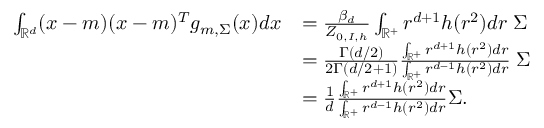
\begin{array} { r l } { \int _ { \mathbb { R } ^ { d } } ( x - m ) ( x - m ) ^ { T } g _ { m , \Sigma } ( x ) d x } & { = \frac { \beta _ { d } } { Z _ { 0 , I , h } } \int _ { \mathbb { R } ^ { + } } r ^ { d + 1 } h ( r ^ { 2 } ) d r \; \Sigma } \\ & { = \frac { \Gamma ( d / 2 ) } { 2 \Gamma ( d / 2 + 1 ) } \frac { \int _ { \mathbb { R } ^ { + } } r ^ { d + 1 } h ( r ^ { 2 } ) d r } { \int _ { \mathbb { R } ^ { + } } r ^ { d - 1 } h ( r ^ { 2 } ) d r } \; \Sigma } \\ & { = \frac { 1 } { d } \frac { \int _ { \mathbb { R } ^ { + } } r ^ { d + 1 } h ( r ^ { 2 } ) d r } { \int _ { \mathbb { R } ^ { + } } r ^ { d - 1 } h ( r ^ { 2 } ) d r } \Sigma . } \end{array}